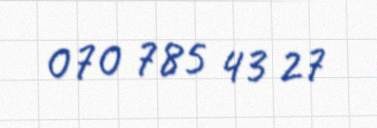
070 785 43 27